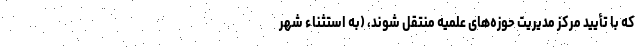
که با تأیید مرکز مدیریت حوزه‌های علمیه منتقل شوند، (به استثناء شهر